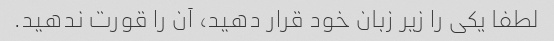
لطفا یکی را زیر زبان خود قرار دهید، آن را قورت ندهید.